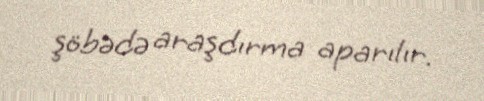
şöbədə araşdırma aparılır.